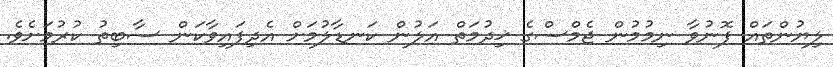
ލިޔުންތައް ފޮނުވާ ނިމުމުން ޖެމްސްގެ ޚިދުމަތް އަލުން ކަނޑާލުމަށް އެދިފައިވާކަން ސާބިތު ކުރުމަށެވެ.